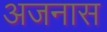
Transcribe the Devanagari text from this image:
अजनास